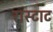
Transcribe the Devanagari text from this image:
रास्टाट